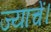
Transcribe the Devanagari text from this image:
ज्याचें।